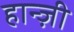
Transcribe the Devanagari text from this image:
हान्ज़ी